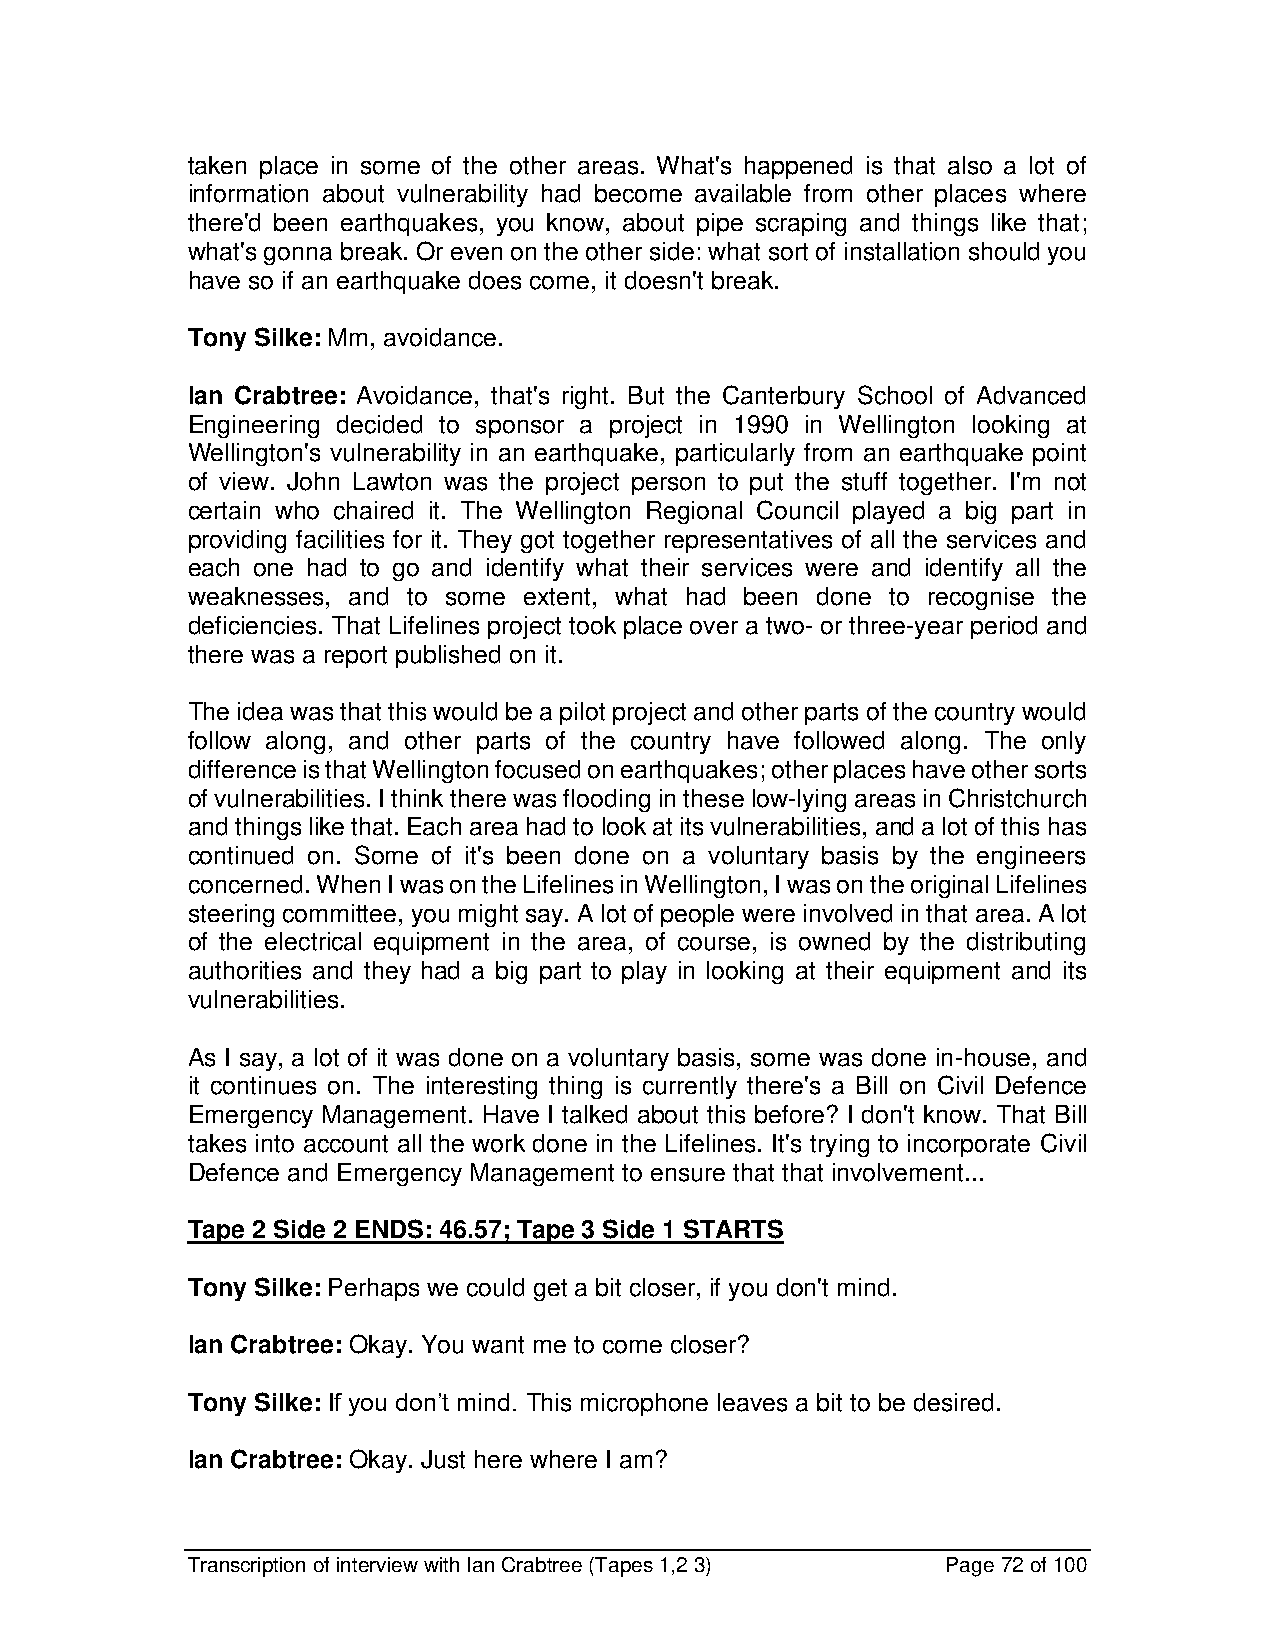
taken place in some of the other areas. What's happened is that also a lot of
 information about vulnerability had become available from other places where
 there'd been earthquakes, you know, about pipe scraping and things like that;
 what's gonna break. Or even on the other side: what sort of installation should you
 have so if an earthquake does come, it doesn't break.
 Tony Silke: Mm, avoidance.
 Ian Crabtree: Avoidance, that's right. But the Canterbury School of Advanced
 Engineering decided to sponsor a project in 1990 in Wellington looking at
 Wellington's vulnerability in an earthquake, particularly from an earthquake point
 of view. John Lawton was the project person to put the stuff together. I'm not
 certain who chaired it. The Wellington Regional Council played a big part in
 providing facilities for it. They got together representatives of all the services and
 each one had to go and identify what their services were and identify all the
 weaknesses, and to some extent, what had been done to recognise the
 deficiencies. That Lifelines project took place over a two- or three-year period and
 there was a report published on it.
 The idea was that this would be a pilot project and other parts of the country would
 follow along, and other parts of the country have followed along. The only
 difference is that Wellington focused on earthquakes; other places have other sorts
 of vulnerabilities. I think there was flooding in these low-lying areas in Christchurch
 and things like that. Each area had to look at its vulnerabilities, and a lot of this has
 continued on. Some of it's been done on a voluntary basis by the engineers
 concerned. When I was on the Lifelines in Wellington, I was on the original Lifelines
 steering committee, you might say. A lot of people were involved in that area. A lot
 of the electrical equipment in the area, of course, is owned by the distributing
 authorities and they had a big part to play in looking at their equipment and its
 vulnerabilities.
 As I say, a lot of it was done on a voluntary basis, some was done in-house, and
 it continues on. The interesting thing is currently there's a Bill on Civil Defence
 Emergency Management. Have I talked about this before? I don't know. That Bill
 takes into account all the work done in the Lifelines. It's trying to incorporate Civil
 Defence and Emergency Management to ensure that that involvement...
 Tape 2 Side 2 ENDS: 46.57; Tape 3 Side 1 STARTS
 Tony Silke: Perhaps we could get a bit closer, if you don't mind.
 Ian Crabtree: Okay. You want me to come closer?
 Tony Silke: If you don’t mind. This microphone leaves a bit to be desired.
 Ian Crabtree: Okay. Just here where I am?
 Transcription of interview with Ian Crabtree (Tapes 1,2 3) Page 72 of 100